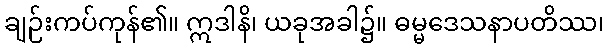
ချဉ်းကပ်ကုန်၏။ ဣဒါနိ၊ ယခုအခါ၌။ ဓမ္မဒေသနာပတိဿ၊